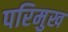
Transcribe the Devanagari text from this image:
परिमुख